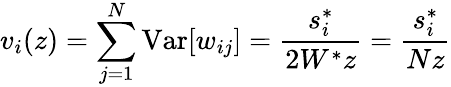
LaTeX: v_{i}(z)=\sum_{j=1}^{N}\textrm{Var}[w_{ij}]=\frac{s_{i}^{*}}{2W^{*}z}=\frac{s_{i}^{*}}{Nz}